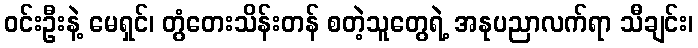
ဝင်းဦးနဲ့ မေရှင်၊ တွံတေးသိန်းတန် စတဲ့သူတွေရဲ့ အနုပညာလက်ရာ သီချင်း၊